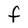
Character: F